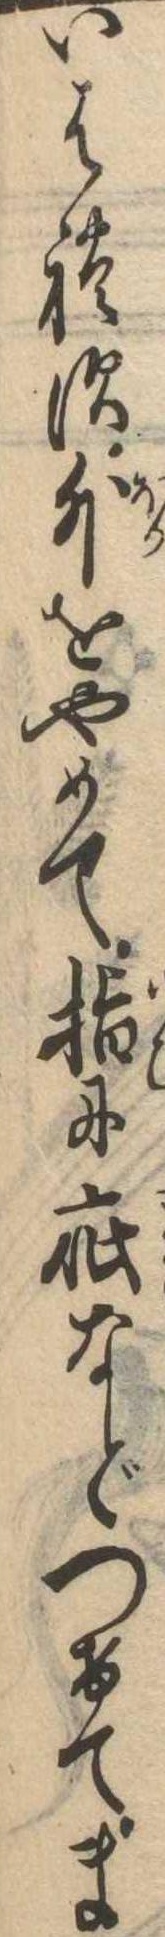
いはれす外をやめて指に疵などつけてま